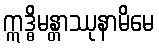
ဣဒ္ဓိမန္တာဿုနာမိမေ